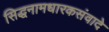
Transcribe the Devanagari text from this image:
सिद्धनामधारकसंवादे